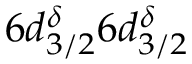
6 d _ { 3 / 2 } ^ { \delta } 6 d _ { 3 / 2 } ^ { \delta }